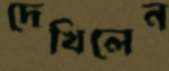
দেখিলেন